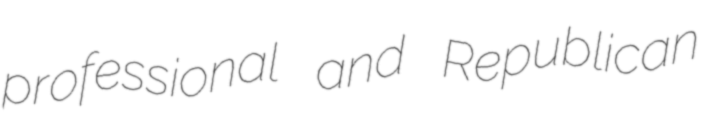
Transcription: professional and Republican